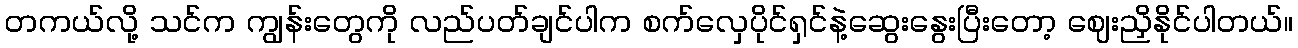
တကယ်လို့ သင်က ကျွန်းတွေကို လည်ပတ်ချင်ပါက စက်လှေပိုင်ရှင်နဲ့ဆွေးနွေးပြီးတော့ ဈေးညှိနိုင်ပါတယ်။